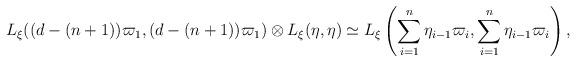
LaTeX: \begin{align*} L_\xi((d-(n+1))\varpi_1,(d-(n+1))\varpi_1)\otimes L_\xi(\eta,\eta) \simeq L_\xi\left(\sum_{i=1}^n\eta_{i-1}\varpi_i,\sum_{i=1}^n\eta_{i-1}\varpi_i\right), \end{align*}